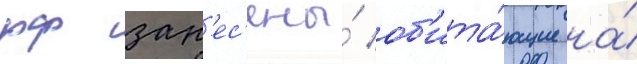
рф зан'ес'ены́ об'ита́ющие на́